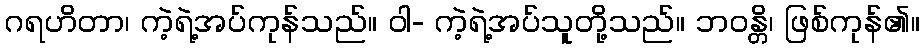
ဂရဟိတာ၊ ကဲ့ရဲ့အပ်ကုန်သည်။ ဝါ- ကဲ့ရဲ့အပ်သူတို့သည်။ ဘဝန္တိ၊ ဖြစ်ကုန်၏။